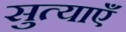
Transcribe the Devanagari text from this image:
सुत्याएँ